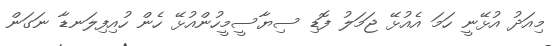
މިއަދު އުޅޭނީ ހަމަ އެއުޅޭ ޖަމަލު ފޮޑި ސިޔާސީމީހުންއުޅޭ ހެން ހުއިފިލަނޑާ ނަގަން